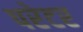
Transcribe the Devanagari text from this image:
परेटर